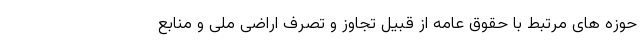
حوزه های مرتبط با حقوق عامه از قبیل تجاوز و تصرف اراضی ملی و منابع